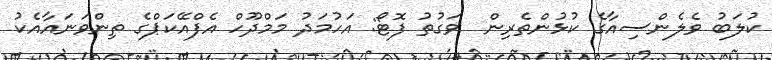
ކުލަބު ވެލެންސިއާގެ ކުޅުންތެރިން  ވަގުތު ފޮޓޯ: އަހުމަދު މަމްދޫހް އެފްއޭކަޕްގެ ތިންވަނައާއެކު